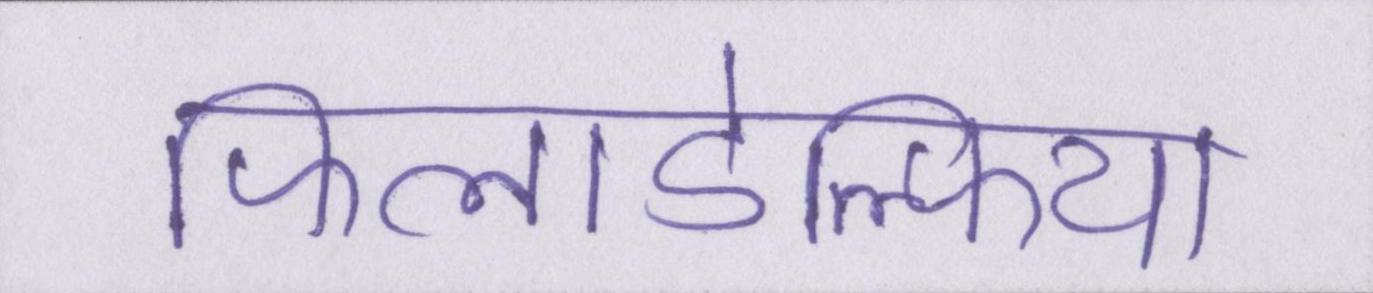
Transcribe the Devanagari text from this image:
फिलाडेल्फिया